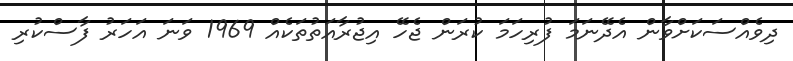
ދިވެއްސަކަށްވާން އެދޭނަމަ ފުރިހަމަ ކުރަން ޖެހޭ އިޖުރާއަތުތަކެއް 1969 ވަނަ އަހަރު ފާސްކުރި